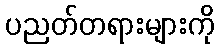
ပညတ်တရားများကို